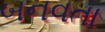
બનવતા